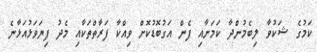
ކަމުގެ ޝަކުވާ ލިބެމުންދާ ކަމަށާއި ފެން އަގުބޮޑުކޮށް ވިއްކާ ފަރާތްތަކާއި މެދު ފިޔަވަޅުއަޅާނެ